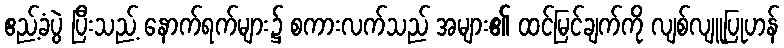
ဧည့်ခံပွဲ ပြီးသည့် နောက်ရက်များ၌ စကားလက်သည် အများ၏ ထင်မြင်ချက်ကို လျစ်လျူပြုဟန်